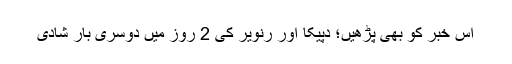
اس خبر کو بھی پڑھیں؛ دپیکا اور رنویر کی 2 روز میں دوسری بار شادی